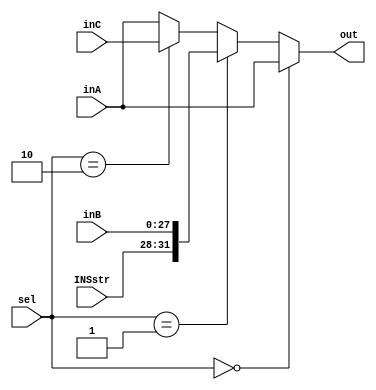
`timescale 1ns / 1ps
//////////////////////////////////////////////////////////////////////////////////
// Company: 
// Engineer: 
// 
// Design Name: 
// Module Name: macaroniMux
// Project Name: 
// Target Devices: 
// Tool Versions: 
// Description: 
// 
// Dependencies: 
// 
// Revision:
// Revision 0.01 - File Created
// Additional Comments:
// 
//////////////////////////////////////////////////////////////////////////////////


module macaroniMux(out, inA, inB,inC, sel,INSstr);

    output reg [31:0] out;
    input [3:0] INSstr;
    input [31:0] inC;
    input [31:0] inA;
    input [27:0] inB;
    input [1:0]  sel;
    
    always@(*) begin
        if(sel == 0) begin 
         out <= inA;
        end
        else if (sel == 1) begin // changed
            out <= {INSstr,inB};
        end
        else if(sel == 2) begin
            out <= inC;
        end
        else begin
            out <= inA;
        end
    end 

endmodule